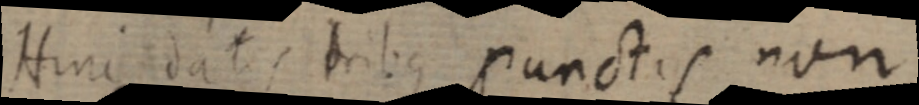
Hinc datis tribus punctis non